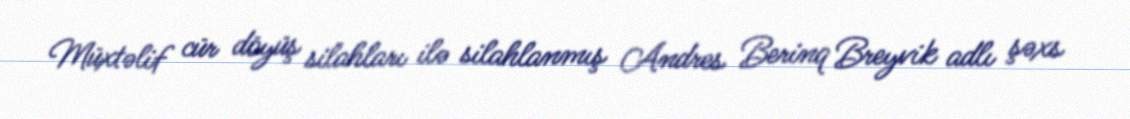
Müxtəlif cür döyüş silahları ilə silahlanmış Andres Berinq Breyvik adlı şəxs